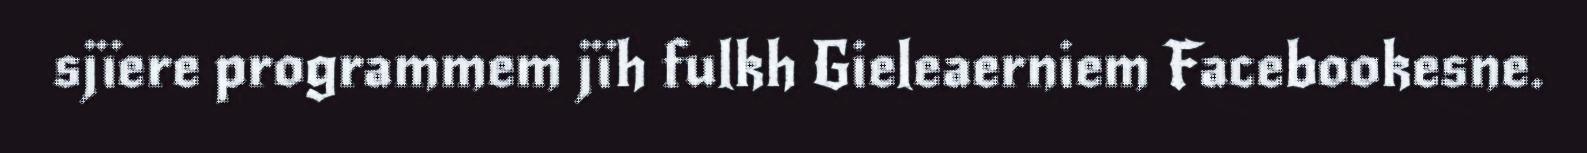
sjïere programmem jïh fulkh Gieleaerniem Facebookesne.